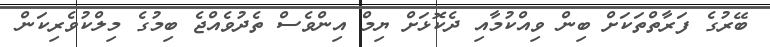
ބޭރުގެ ފަރާތްތަކަށް ބިން ވިއްކުމާއި ދެކޮޅަށް ޔިމް އިންވެސް ތެދުވެއްޖެ ބިމުގެ މިލްކުވެރިކަން